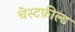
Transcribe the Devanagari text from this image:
चेस्टफ़ील्ड